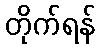
တိုက်ရန်